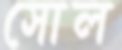
সোল